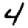
Digit: 4